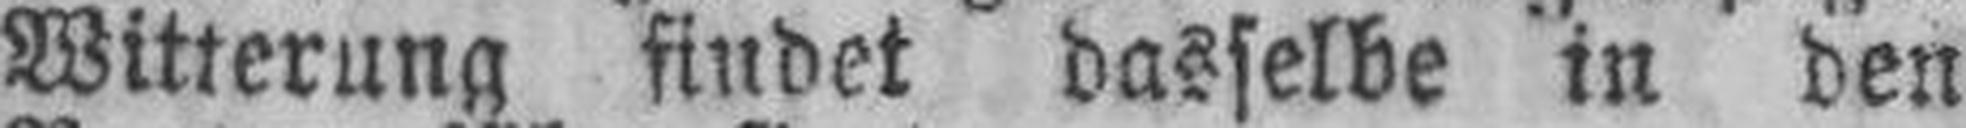
Witterung findet dasselbe in den